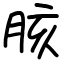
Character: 胲